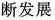
断发展